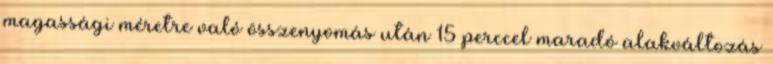
magassági méretre való összenyomás után 15 perccel maradó alakváltozás